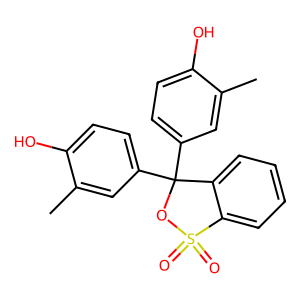
SMILES: Cc1cc(C2(c3ccc(O)c(C)c3)OS(=O)(=O)c3ccccc32)ccc1O
Inhibits HIV replication: No